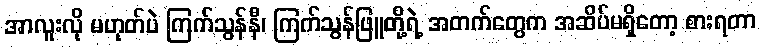
အာလူးလို မဟုတ်ပဲ ကြက်သွန်နီ၊ ကြက်သွန်ဖြူတို့ရဲ့ အတက်တွေက အဆိပ်မရှိတော့ စားရတာ